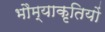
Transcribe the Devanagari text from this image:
भौम्याकृतियों